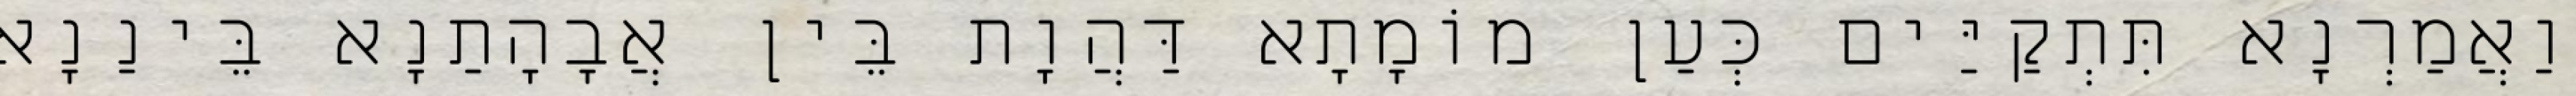
וַאֲמַרְנָא תִּתְקַיַּים כְּעַן מוֹמָתָא דַּהֲוָת בֵּין אֲבָהָתַנָא בֵּינַנָא